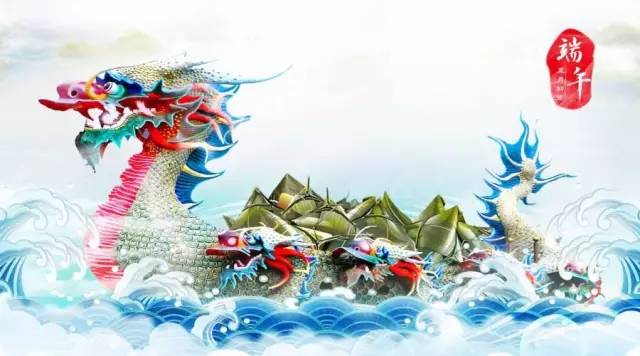
冲波突出人齐譀，跃浪争先鸟退飞。